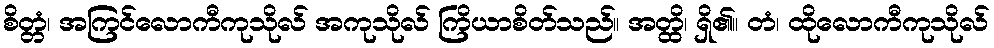
စိတ္တံ၊ အကြင်လောကီကုသိုလ် အကုသိုလ် ကြိယာစိတ်သည်။ အတ္ထိ၊ ရှိ၏။ တံ၊ ထိုလောကီကုသိုလ်